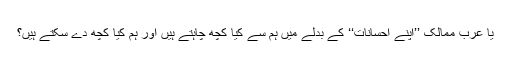
یا عرب ممالک ’’اپنے احسانات‘‘ کے بدلے میں ہم سے کیا کچھ چاہتے ہیں اور ہم کیا کچھ دے سکتے ہیں؟